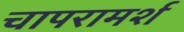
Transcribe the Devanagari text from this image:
चापरामर्श